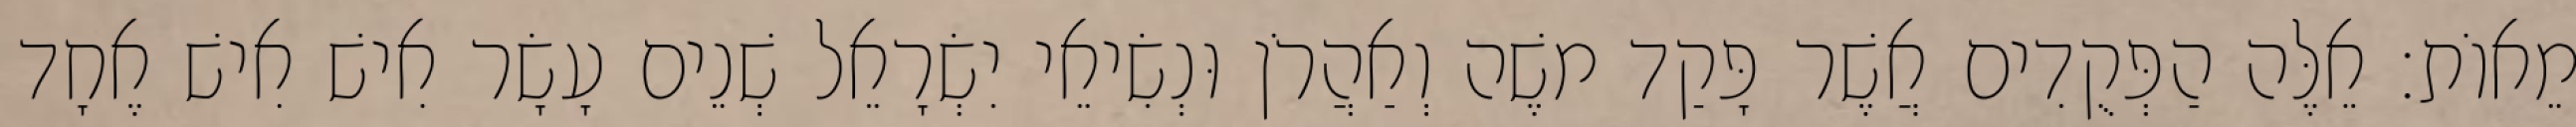
מֵאוֹת׃ אֵלֶּה הַפְּקֻדִים אֲשֶׁר פָּקַד משֶׁה וְאַהֲרֹן וּנְשִׂיאֵי יִשְׂרָאֵל שְׁנֵים עָשָׂר אִישׁ אִישׁ אֶחָד